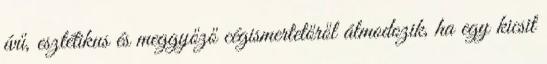
ívű, esztétikus és meggyőző cégismertetőről álmodozik, ha egy kicsit